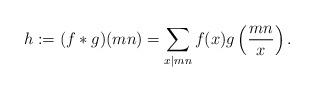
LaTeX: \begin{align*}h:=(f*g)(mn)=\sum_{x \mid mn} f(x) g\left(\frac{mn}{x}\right). \end{align*}